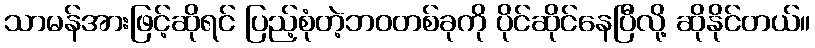
သာမန်အားဖြင့်ဆိုရင် ပြည့်စုံတဲ့ဘဝတစ်ခုကို ပိုင်ဆိုင်နေပြီလို့ ဆိုနိုင်တယ်။